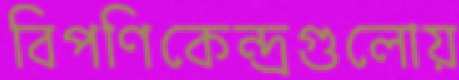
বিপণিকেন্দ্রগুলোয়